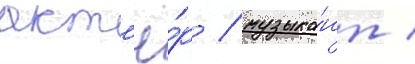
акт'ё́р / музыка́нт /